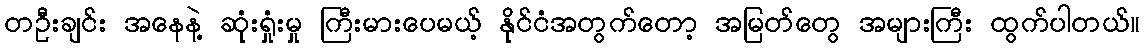
တဦးချင်း အနေနဲ့ ဆုံးရှုံးမှု ကြီးမားပေမယ့် နိုင်ငံအတွက်တော့ အမြတ်တွေ အများကြီး ထွက်ပါတယ်။